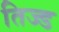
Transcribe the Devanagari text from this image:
तिज्ड